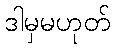
ဒါမှမဟုတ်